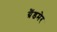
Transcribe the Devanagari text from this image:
ग्रैंडमेर